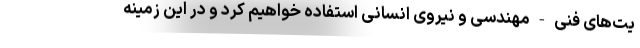
یت‌های فنی-مهندسی و نیروی انسانی استفاده خواهیم کرد و در این زمینه